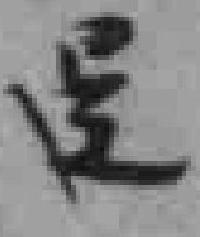
呈